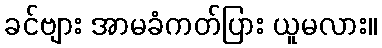
ခင်ဗျား အာမခံကတ်ပြား ယူမလား။